Report of the King Institute of Preventive Medicine, Guindy
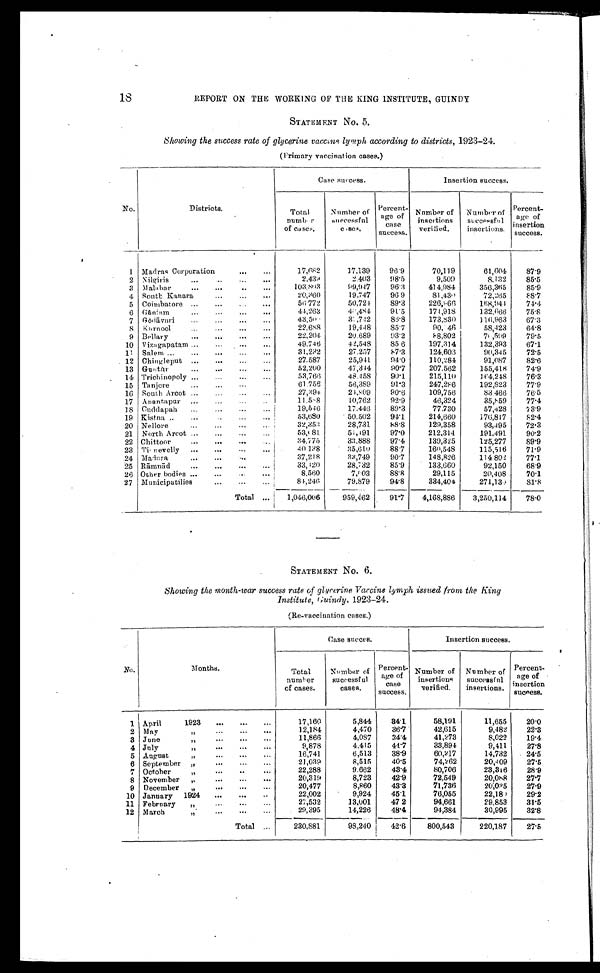
18
REPORT ON THE WORKING OF THE KING INSTITUTE, GUINDY
STATEMENT No. 5.
Showing the success rate of glycerine vaccine lymph according to districts, 1923-24.
(Primary vaccination cases.)
No.
Districts.
Case success.
Insertion success.
Total
num ber
of cases.
Number of
successful
cases.
Percent
-
age
of case
success.
Number of
insertions
verified.
Number of
successf
ul
insertions.
Percent
-
age of
inser tion
success.
1 Madras Corporation . . .
17,682
17,139 96.9
70,119
61,604
8 7 . 9
2 Nilgiris . . .
2,439
2,403 98.5
9,509
8,132
85.5
3 Malabar . . .
103,803
99,947
96.3
414,984
356,365
8 5 . 9
4 South Kanara . . .
20,360
19,747
96.9
81,430
72,265 88.7
5 Coimbatore . . .
56,772
50,724
89.3
226,966
168,944
74.4
6 Gāniam . . .
44,263
46,484 91.5
174,918
132,666 75.8
7 Gōdāvari . . .
43, 50<i l l egi bl e>
3 < i l l e g i b l e > , 7 4 2
86.8
173,830
116,963 67.3
8 Kurnool . . .
22,688
19,448 85.7
90, <i l l egi bl e>46
58,423
64.8
9 Bellary . . .
22,204
20,689
93.2
88,802
7<i l l egi bl e>, 599
79.5
10 Vizagapatam . . .
49,746
42,548 85 6
197,314
132,393
67.1
11
S a l e m . . .
31,232
27,257
87.3
124,606
90,345
72.5
12 Chingleput . . .
27,587
25,941
94.0
110,284
91,087
82.6
13 Guntūr . . .
52,200
47,344 90.7
207,562
155,418 74.9
14 Trichinopoly . . .
53,766
48,458 90.1
215,110
164,248 76.3
15 Tanjore . . .
61,756
56,389
91.3
247,286
192,823 7 7 . 9
16 South Arcot . . .
27,394
24,809
90.6
109,756
83,466
76.5
17 Anantapur . . .
11, 5<i l l egi bl e>8
10,762
92.9
46,324
35,859
7 7 . 4
18 Cuddapah . . .
19,546
17,446
89.3
77,730
57,428 7 3 . 9
19 Kistna . . .
53,680
50,502
94.1
214,660
176,817
82.4
20 Nellore . . .
32,353
28,731
88.8
129,358
93,495 72.3
21 North Arcot . . .
53, <i l l egi bl e>81
51, <i l l e gi bl e >91
97.0
212,314
191,491
9 0 . 2
22 Chittoor . . .
34,775
33,888
97.4
139,325
125,277 8 9 . 9
23 Ti<illegible>nevelly . . .
40,138
35,610
88.7
160,548
115,616 71.9
24 Mad<illegible>ra . . .
37,218
33,749
90.7
148,826
114,802 77.1
25 Rāmnād . . .
33,120
28,732
85.9
133,660
92,150
6 8 . 9
26 Other bodies . . .
8,560
7 , <i l l e g i b l e >0 3
88.8
29,115
20,408
70.1
27 Municipatilies . . .
84,246
79,879
94.8
334,404
271, 13<i l l egi bl e>
81.8
Total . . . 1,046,006
959,462
91.7 4,168,886 3,250,114 78.0
STATEMENT No. 6.
Showing the month-war success rute of glycerine Vaccine lymph issued from the King
Institute, Guindy, 1923-24.
(Re-vaccination cases.)
No.
Months.
Case succes.
Insertion success.
Total
number
of cases.
Number of
successful
cases.
Percent-
age of
case
success.
Number of
insertions
verified.
Number of
successful
insertions.
Percent
- age
of
insertion
success.
1 April 1923 . . .
17,160
5,844 34.1
58,191
11,655 2 0 . 0
2 May " . . .
12,184
4,470
36.7
42,615
9,482 2 2 . 3
3 June " . . .
11,866
4,087
34.4
41,273
8,022 1 9 . 4
4 J u l y . . .
9,878
4,415
44.7
33,894
9,411
2 7 . 8
5 August " . . .
16,741
6,513
38.9
60,217
14,732 24.5
6 September ". . .
21,039
8,515
40.5
74,262
20,409 2 7 . 5
7 October " . . .
22,288
9,662
43.4
80,706
23,316 2 8 . 9
8 November " . . .
20,319
8,723
42.9
72,549
20,088 2 7 . 7
9 December " . . .
20,477
8,860
43.3
71,736
20,035 27.9
10 January 1924 . . .
22,002
9,924
45.1
76,055
22, 18<i l l egi bl e> 2 9 . 2
11 February " . . .
27,532
13,001
47 2
94,661
29,853 31.5
12 March " . . .
29,395
14,226
48.4
94,384
30,995 3 2 . 8
Total . . .
230,881
98,240
42.6
800,543
220,187 27.5